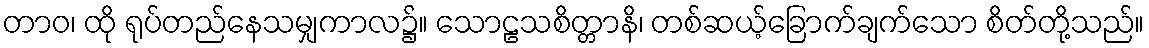
တာဝ၊ ထို ရုပ်တည်နေသမျှကာလ၌။ သောဠသစိတ္တာနိ၊ တစ်ဆယ့်ခြောက်ချက်သော စိတ်တို့သည်။